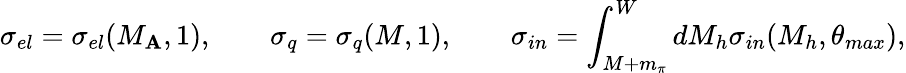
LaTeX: \sigma_{el}=\sigma_{el}(M_{\mathbf{A}},1),\qquad\sigma_{q}=\sigma_{q}(M,1),\qquad\sigma_{in}=\int_{M+m_{\pi}}^{W}dM_{h}\sigma_{in}(M_{h},\theta_{max}),